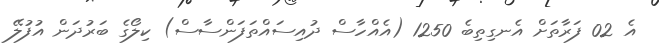
އެ 02 ފަރާތަށް އެނގިތިބެ 1250 (އެއްހާސް ދުއިސައްތަފަންސާސް) ކިލޯގެ ބަރުދަން އުފުލޭ